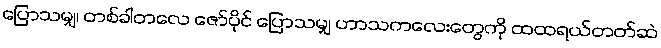
ပြောသမျှ၊ တစ်ခါတလေ ဇော်ပိုင် ပြောသမျှ ဟာသကလေးတွေကို ထထရယ်တတ်ဆဲ